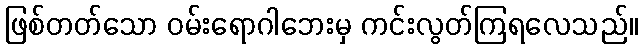
ဖြစ်တတ်သော ဝမ်းရောဂါဘေးမှ ကင်းလွတ်ကြရလေသည်။